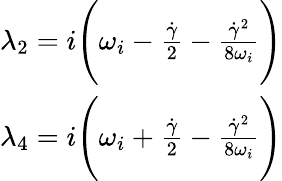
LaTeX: \begin{array}{r}{\lambda_{2}=i\Biggl(\omega_{i}-\frac{\dot{\gamma}}{2}-\frac{\dot{\gamma}^{2}}{8\omega_{i}}\Biggr)}\\ {\lambda_{4}=i\Biggl(\omega_{i}+\frac{\dot{\gamma}}{2}-\frac{\dot{\gamma}^{2}}{8\omega_{i}}\Biggr)}\end{array}